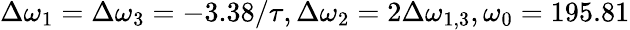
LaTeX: \Delta\omega_{1}=\Delta\omega_{3}=-3.38/\tau,\Delta\omega_{2}=2\Delta\omega_{1,3},\omega_{0}=195.81